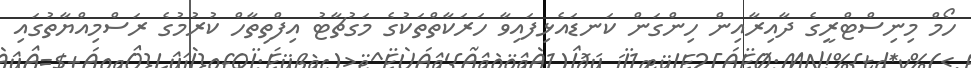
ހޯމް މިނިސްޓްރީގެ ދާއިރާއިން ހިންގަން ކަނޑައެޅިފައިވާ ހަރަކާތްތަކުގެ މަގުޗާޓު އިފްތިތާހް ކުރުމުގެ ރަސްމިއްޔާތުގައި